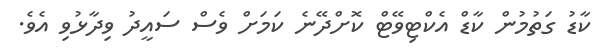
ކާޑު ގަތުމުން ކާޑް އެކްޓިވޭޓް ކޮށްދޭނެ ކަމަށް ވެސް ސައީދު ވިދާޅުވި އެވެ.